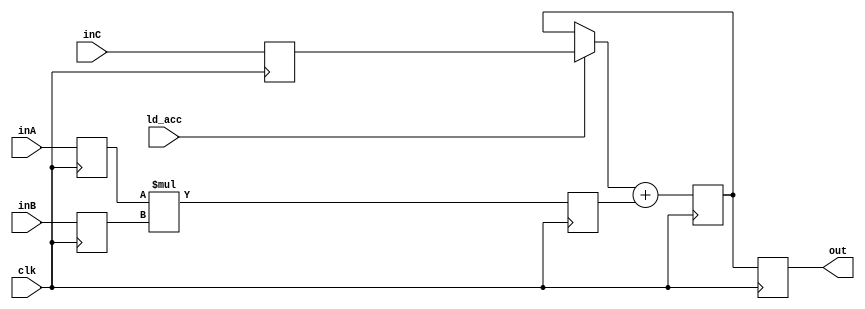
`timescale 1ns/1ps

module mul_4stage # (
		parameter		DATA_W = 32,
		parameter		SIGNED = 1
	) (
                //control
                input                   clk,
                input                   ld_acc,

                //data
                input [DATA_W-1:0]	inA,
                input [DATA_W-1:0]	inB,
                input [2*DATA_W-1:0]	inC,
                output [2*DATA_W-1:0]	out
                );

 generate
 if(SIGNED) begin

   //multiplier wires and regs
   reg signed [DATA_W-1:0] 		op_a, op_b;
   reg signed [2*DATA_W-1:0] 		acc, dsp_out, op_c, result_mult;
   wire signed [2*DATA_W-1:0] 		acc_w;

   //4-stage multiplier (DSP48E2 template)
   always @ (posedge clk) begin
     op_a <= inA;
     op_b <= inB;
     result_mult <= op_a * op_b;
     op_c <= inC;
     acc <= acc_w + result_mult;
     dsp_out <= acc;
   end
   assign acc_w = ld_acc ? op_c : acc;
   assign out = dsp_out;

 end else begin

   //multiplier wires and regs
   reg [DATA_W-1:0] 			op_a, op_b;
   reg [2*DATA_W-1:0] 			acc, dsp_out, op_c, result_mult;
   wire [2*DATA_W-1:0] 			acc_w;

   //4-stage multiplier (DSP48E2 template)
   always @ (posedge clk) begin
     op_a <= inA;
     op_b <= inB;
     result_mult <= op_a * op_b;
     op_c <= inC;
     acc <= acc_w + result_mult;
     dsp_out <= acc;
   end
   assign acc_w = ld_acc ? op_c : acc;
   assign out = dsp_out;

 end
 endgenerate

endmodule